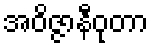
အဝိဇ္ဇာနီဝုတာ